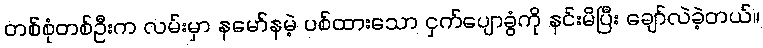
တစ်စုံတစ်ဦးက လမ်းမှာ နမော်နမဲ့ ပစ်ထားသော ငှက်ပျောခွံကို နင်းမိပြီး ချော်လဲခဲ့တယ်။